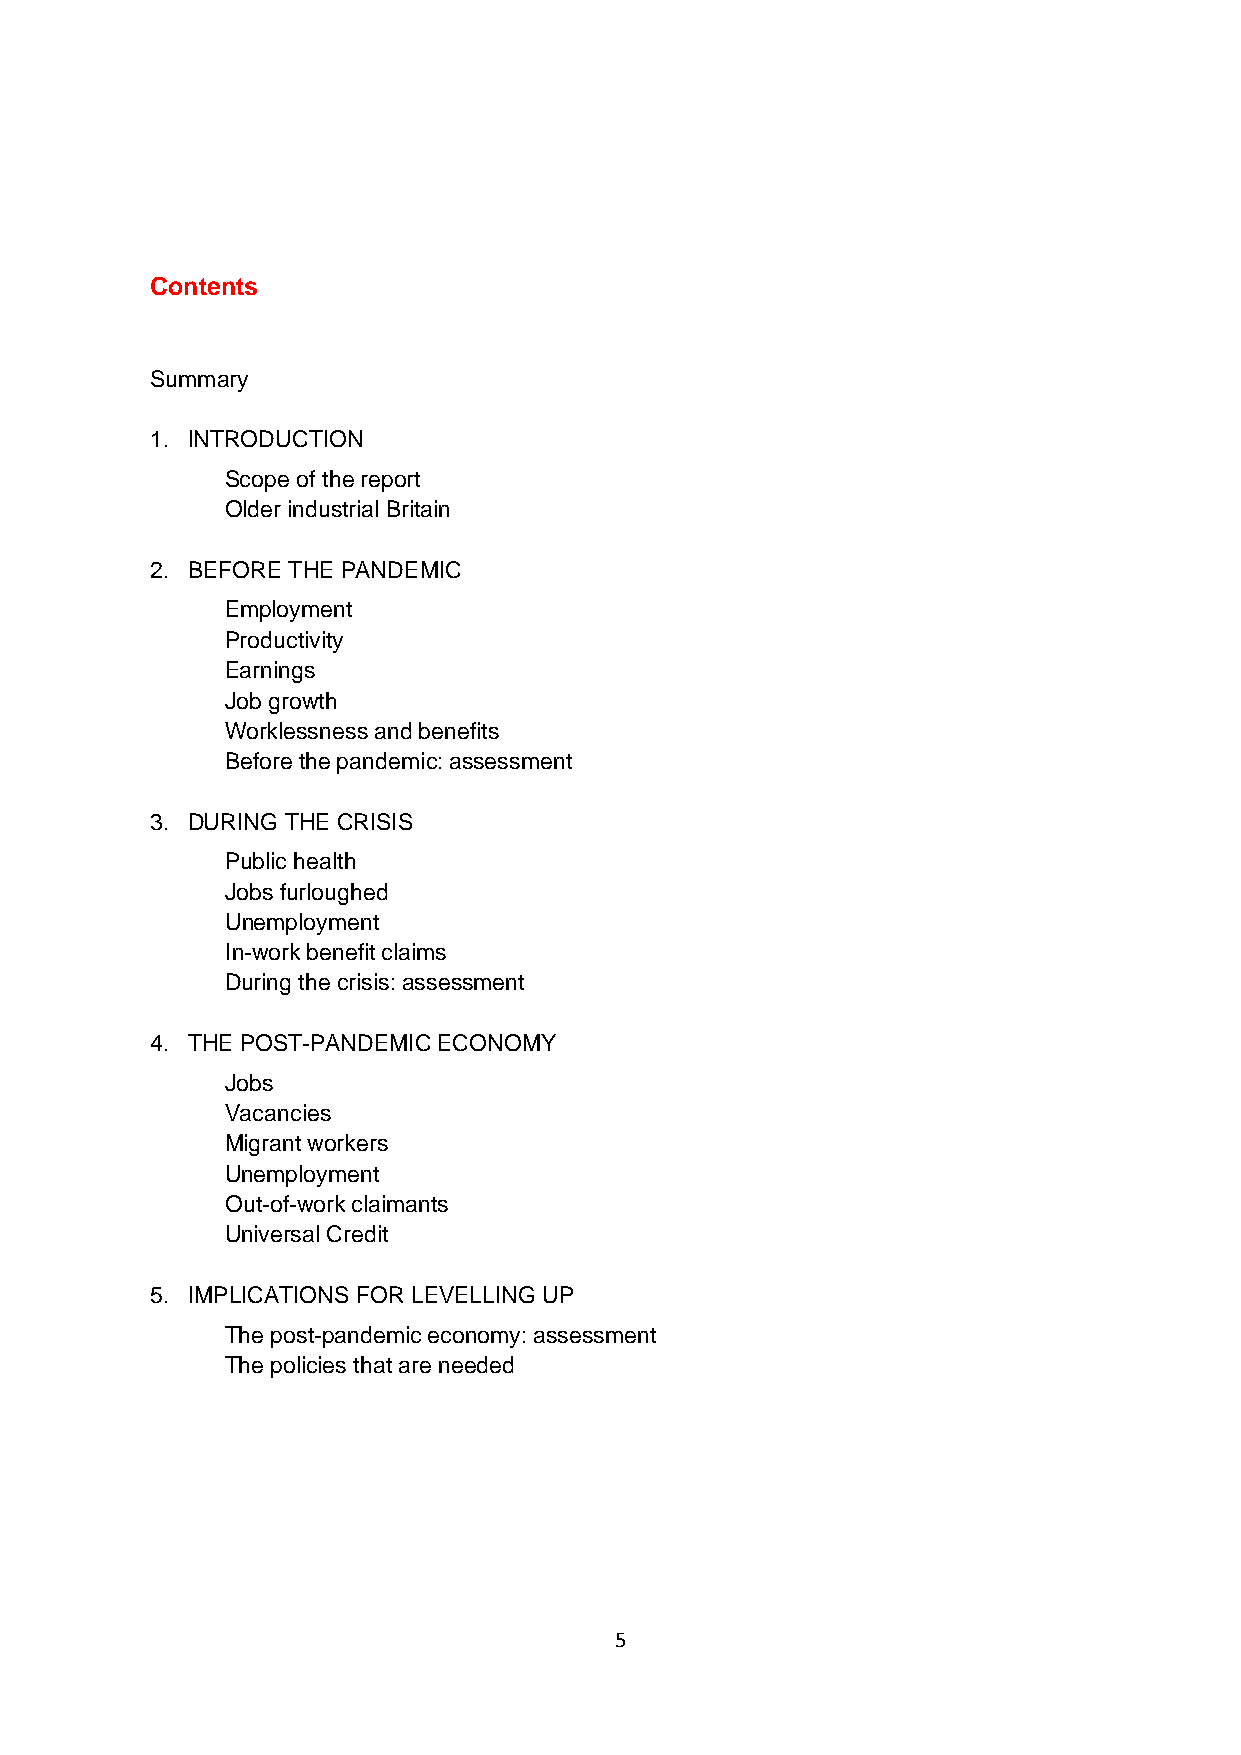
Contents
 Summary
 1. INTRODUCTION
 Scope of the report
 Older industrial Britain
 2. BEFORE THE PANDEMIC
 Employment
 Productivity
 Earnings
 Job growth
 Worklessness and benefits
 Before the pandemic: assessment
 3. DURING THE CRISIS
 Public health
 Jobs furloughed
 Unemployment
 In-work benefit claims
 During the crisis: assessment
 4. THE POST-PANDEMIC ECONOMY
 Jobs
 Vacancies
 Migrant workers
 Unemployment
 Out-of-work claimants
 Universal Credit
 5. IMPLICATIONS FOR LEVELLING UP
 The post-pandemic economy: assessment
 The policies that are needed
 5